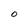
Character: O